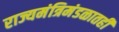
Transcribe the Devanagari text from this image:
राज्यमंत्रिमंडळातही